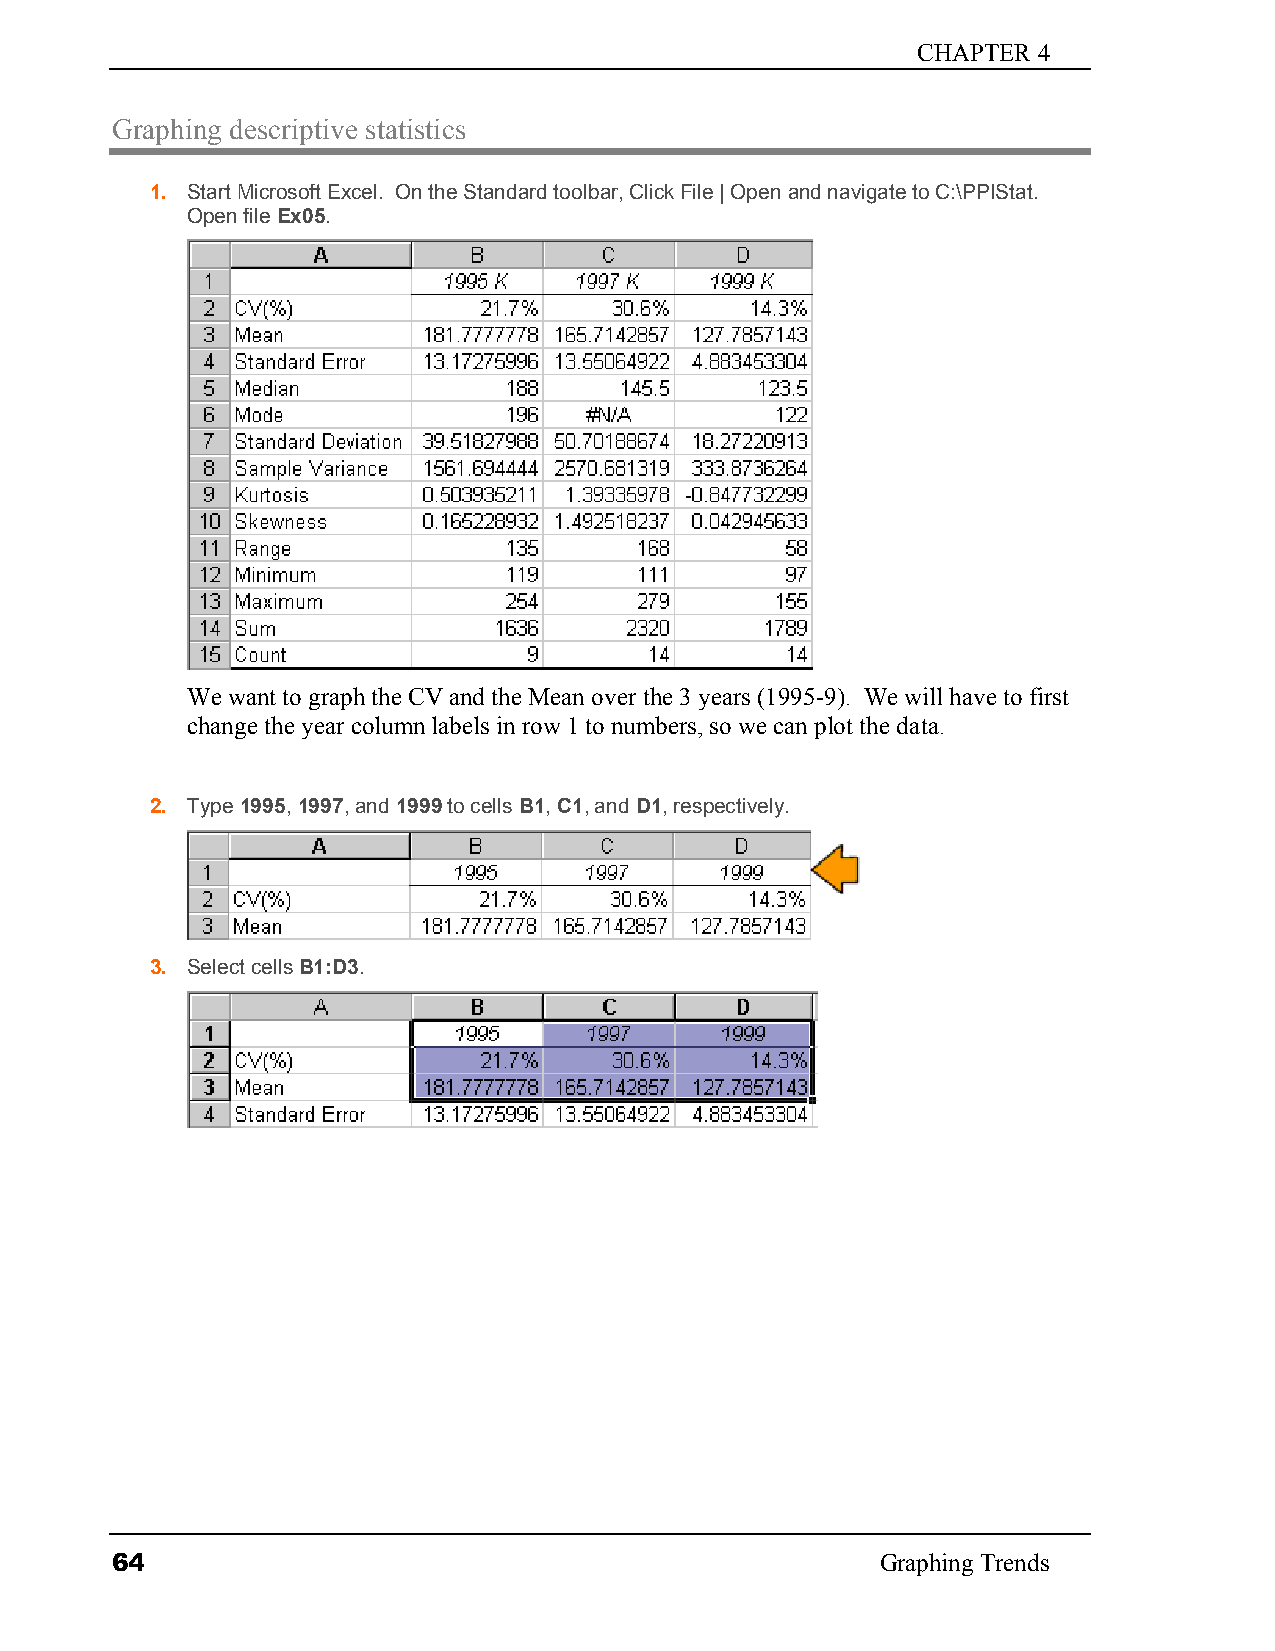
CHAPTER 4
 Graphing descriptive statistics
 1. Start Microsoft Excel. On the Standard toolbar, Click File | Open and navigate to C:\PPIStat.
 Open file Ex05.
 We want to graph the CV and the Mean over the 3 years (1995-9). We will have to first
 change the year column labels in row 1 to numbers, so we can plot the data.
 2. Type 1995, 1997, and 1999 to cells B1, C1, and D1, respectively.
 3. Select cells B1:D3.
 64                                                 Graphing Trends